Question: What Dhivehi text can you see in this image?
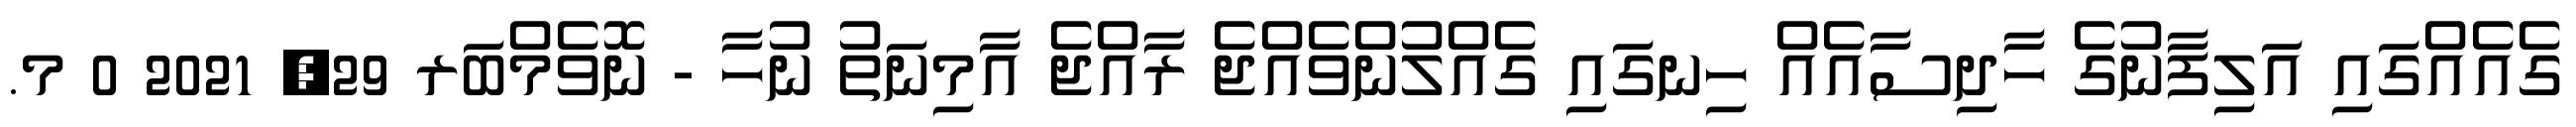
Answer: ގެއެއްގައި އަލިފާނުގެ ހާދިސާއެއް ހިނގައި ގެއްލުންވެއްޖެ ރާއްޖެ އާމިނަތު ނުހާ - ނޮވެމްބަރ 29, 2021 0 މ.